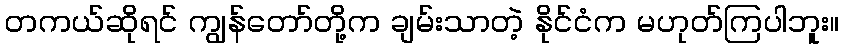
တကယ်ဆိုရင် ကျွန်တော်တို့က ချမ်းသာတဲ့ နိုင်ငံက မဟုတ်ကြပါဘူး။